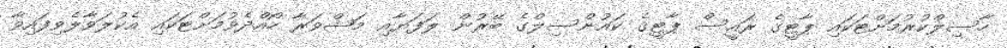
ހާސިލްކުރުމަށްޓަކައި ޕާޓީގެ ރައީސް ޕާޓީގެ ކައުންސިލްގެ ބޭރުން ލަފަޔާއި މަޝްވަރާ ހޯއްދެވުމަށްޓަކައި އެކުލަވާލެވިފައިވާ